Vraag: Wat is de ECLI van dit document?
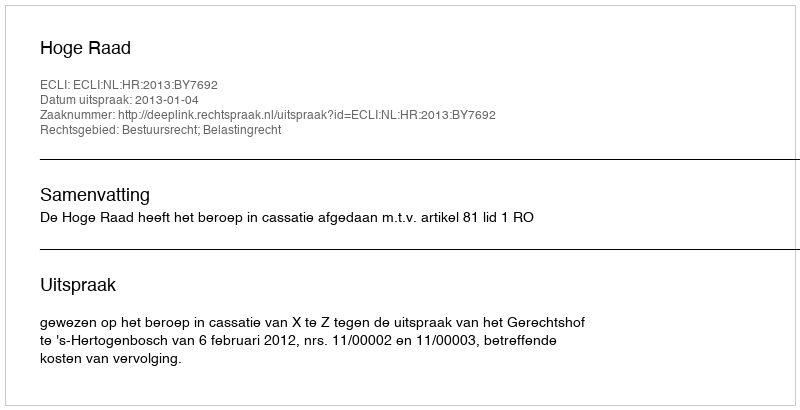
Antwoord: ECLI:NL:HR:2013:BY7692